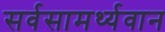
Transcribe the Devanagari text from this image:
सर्वसामर्थ्यवान